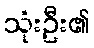
သုံးဦး၏